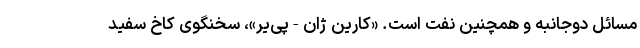
مسائل دوجانبه و همچنین نفت است. «کارین ژان-پی‌یر»، سخنگوی کاخ سفید